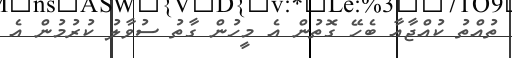
ތުއްތު ކުއްޖާއާ ބެހޭ ގޮތުން އެ މީހުން ގާތު ސުވާލު ކުރުމުން އެ